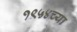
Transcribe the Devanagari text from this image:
१९५४च्या